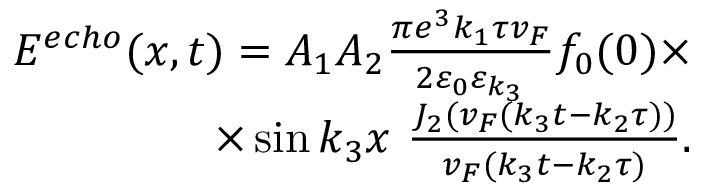
\begin{array} { r } { E ^ { e c h o } ( x , t ) = A _ { 1 } A _ { 2 } \frac { \pi e ^ { 3 } k _ { 1 } \tau v _ { F } } { 2 \varepsilon _ { 0 } \varepsilon _ { k _ { 3 } } } f _ { 0 } ( 0 ) \times } \\ { \times \sin k _ { 3 } x \ \frac { J _ { 2 } ( v _ { F } ( k _ { 3 } t - k _ { 2 } \tau ) ) } { v _ { F } ( k _ { 3 } t - k _ { 2 } \tau ) } . } \end{array}